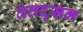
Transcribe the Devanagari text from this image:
ततद्सम